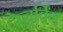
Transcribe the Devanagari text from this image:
रेचुर्विंग